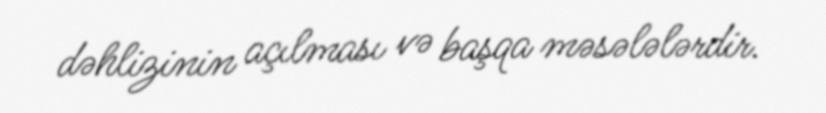
dəhlizinin açılması və başqa məsələlərdir.